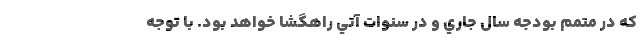
كه در متمم بودجه سال جاري و در سنوات آتي راهگشا خواهد بود. با توجه